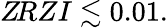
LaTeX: Z\! RZI\lesssim 0.01.